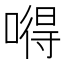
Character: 嘚